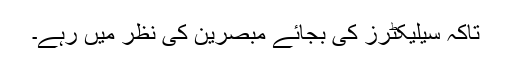
تاکہ سیلیکٹرز کی بجائے مبصرین کی نظر میں رہے۔